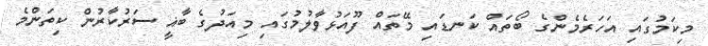
މިކަމުގައި އަހަރެމެންގެ ބޯތައް ކަނޑައި މޭތައް ފޫއަޅުވާލުމުގައި މިއަދުގެ ބާޣީ ސަރުކާރުން ކިތަންމެ